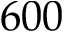
6 0 0